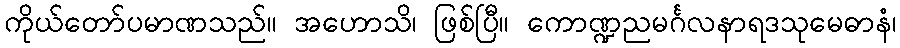
ကိုယ်တော်ပမာဏသည်။ အဟောသိ၊ ဖြစ်ပြီ။ ကောဏ္ဍညမင်္ဂလနာရဒသုမေဓာနံ၊